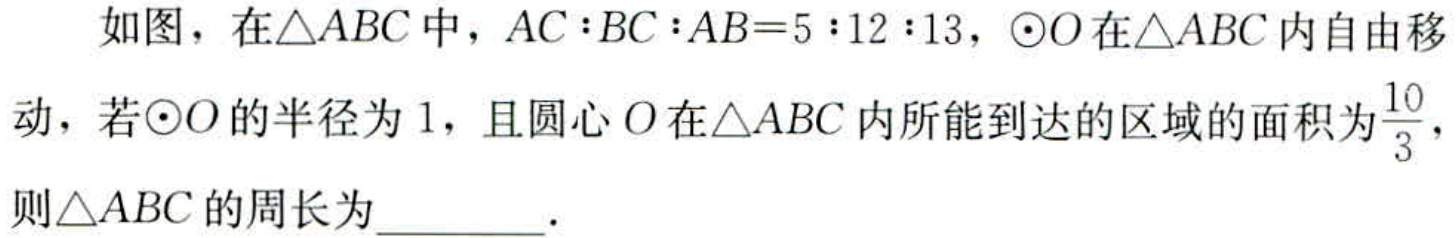
如图，在\(\triangle ABC\)中，\(AC:BC:AB = 5:12:13\)，\(\odot O\)在\(\triangle ABC\)内自由移动，若\(\odot O\)的半径为\(1\)，且圆心\(O\)在\(\triangle ABC\)内所能到达的区域的面积为\(\frac{10}{3}\)，则\(\triangle ABC\)的周长为________．